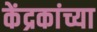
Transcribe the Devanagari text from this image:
केंद्रकांच्या